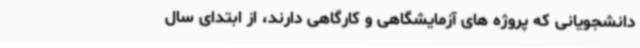
دانشجویانی که پروژه های آزمایشگاهی و کارگاهی دارند، از ابتدای سال